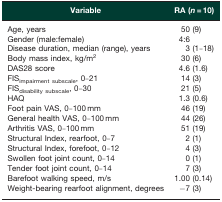
| Variable | RA (n = 10) |
 | --- | --- |
 | Age, years | 50 (9) |
 | Gender (male:female) | 4:6 |
 | Disease duration, median (range), years | 3 (1–18) |
 | Body mass index, kg/m2 | 30 (6) |
 | DAS28 score | 4.6 (1.6) |
 | FISimpairment subscale, 0–21 | 14 (3) |
 | FISdisability subscale, 0–30 | 21 (5) |
 | HAQ | 1.3 (0.6) |
 | Foot pain VAS, 0–100 mm | 46 (19) |
 | General health VAS, 0–100 mm | 44 (26) |
 | Arthritis VAS, 0–100 mm | 51 (19) |
 | Structural Index, rearfoot, 0–7 | 2 (1) |
 | Structural Index, forefoot, 0–12 | 4 (3) |
 | Swollen foot joint count, 0–14 | 0 (1) |
 | Tender foot joint count, 0–14 | 7 (3) |
 | Barefoot walking speed, m/s | 1.00 (0.14) |
 | Weight-bearing rearfoot alignment, degrees | −7 (3) |